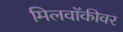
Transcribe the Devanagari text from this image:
मिलवॉकीवर